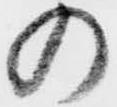
の